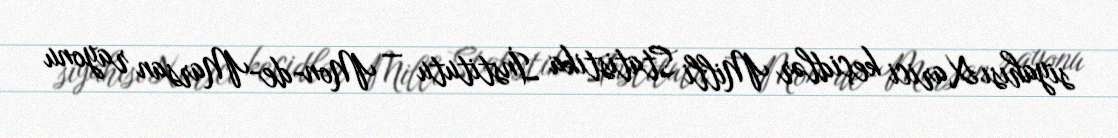
siyahısı Xarici keçidlər Milli Statistika İnstitutu — Mon-de-Marsan rayonu